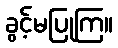
ခွင့်မပြုကြ။